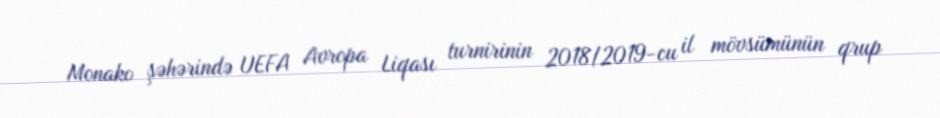
Monako şəhərində UEFA Avropa Liqası turnirinin 2018/2019-cu il mövsümünün qrup